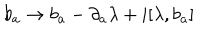
b _ { a } \rightarrow b _ { a } - \partial _ { a } \lambda + i [ \lambda , b _ { a } ]